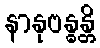
နာနုဗန္ဓန္တိ